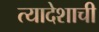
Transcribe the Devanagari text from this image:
त्यादेशाची